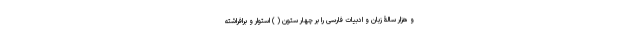
و هزار سالۀ زبان و ادبیات فارسی را بر چهار ستون ( ) استوار و برافراشته